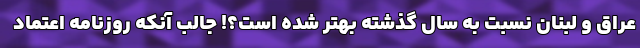
عراق و لبنان نسبت به سال گذشته بهتر شده است؟! جالب آنکه روزنامه اعتماد